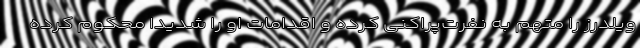
ویلدرز را متهم به نفرت‌پراکنی کرده و اقدامات او را شدیدا محکوم کرده